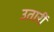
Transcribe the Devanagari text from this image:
उतारीं